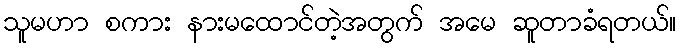
သူမဟာ စကား နားမထောင်တဲ့အတွက် အမေ ဆူတာခံရတယ်။